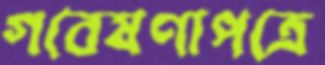
গবেষণাপত্রে